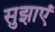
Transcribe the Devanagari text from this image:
सुझाएं